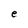
Character: e